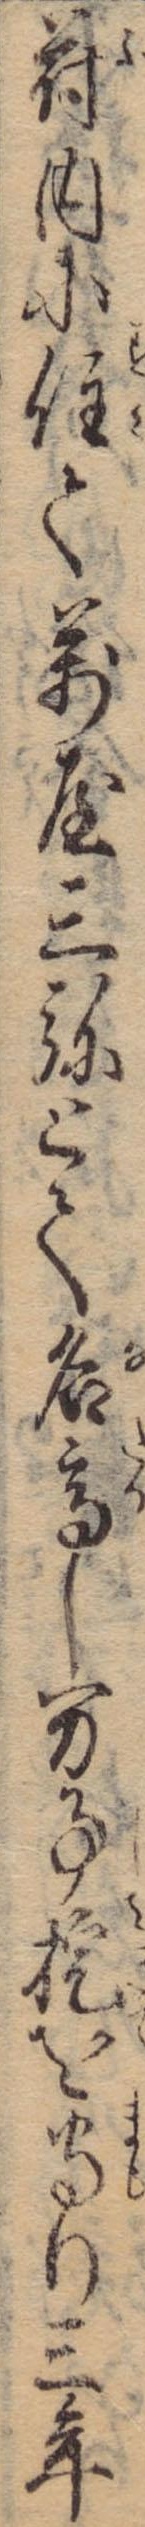
苻内に住て万屋三弥とて名高し万事掟を守り三年